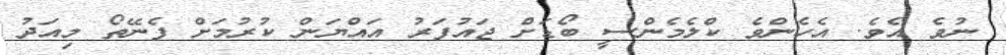
ނުވެ އެވެ. އެހެންވެ ކްލެމެންސީ ބޯޑަށް ޖައުފަރު އައްޔަން ކުރުމަށް ފެނޭތޯ މިއަދު